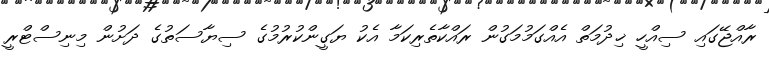
ރާއްޖޭގައި ސިއްހީ ޚިދުމަތް އެއްގަމުމަގުން ރައްކާތެރިކަމާ އެކު ޔަގީންކުރުމުގެ ސިޔާސަތުގެ ދަށުން މިނިސްޓްރީ